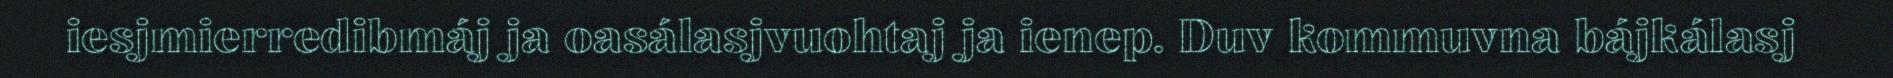
iesjmierredibmáj ja oasálasjvuohtaj ja ienep. Duv kommuvna bájkálasj